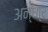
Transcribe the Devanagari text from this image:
अन्धा्र